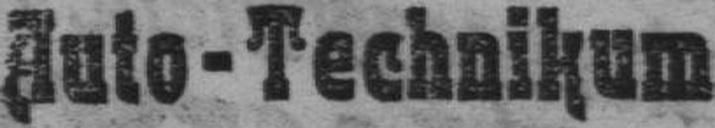
Auto-Technikum